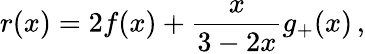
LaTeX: r(x)=2f(x)+\frac{x}{3-2x}g_{+}(x)\, ,